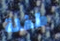
طفلة